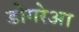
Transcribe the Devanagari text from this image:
डोगरेआ